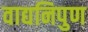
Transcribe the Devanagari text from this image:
वाद्यनिपुण